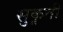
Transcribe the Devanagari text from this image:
सुकृती